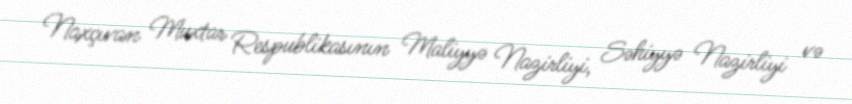
Naxçıvan Muxtar Respublikasının Maliyyə Nazirliyi, Səhiyyə Nazirliyi və